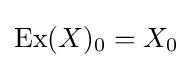
\operatorname {Ex} (X)_{0}=X_{0}